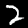
Digit: 2